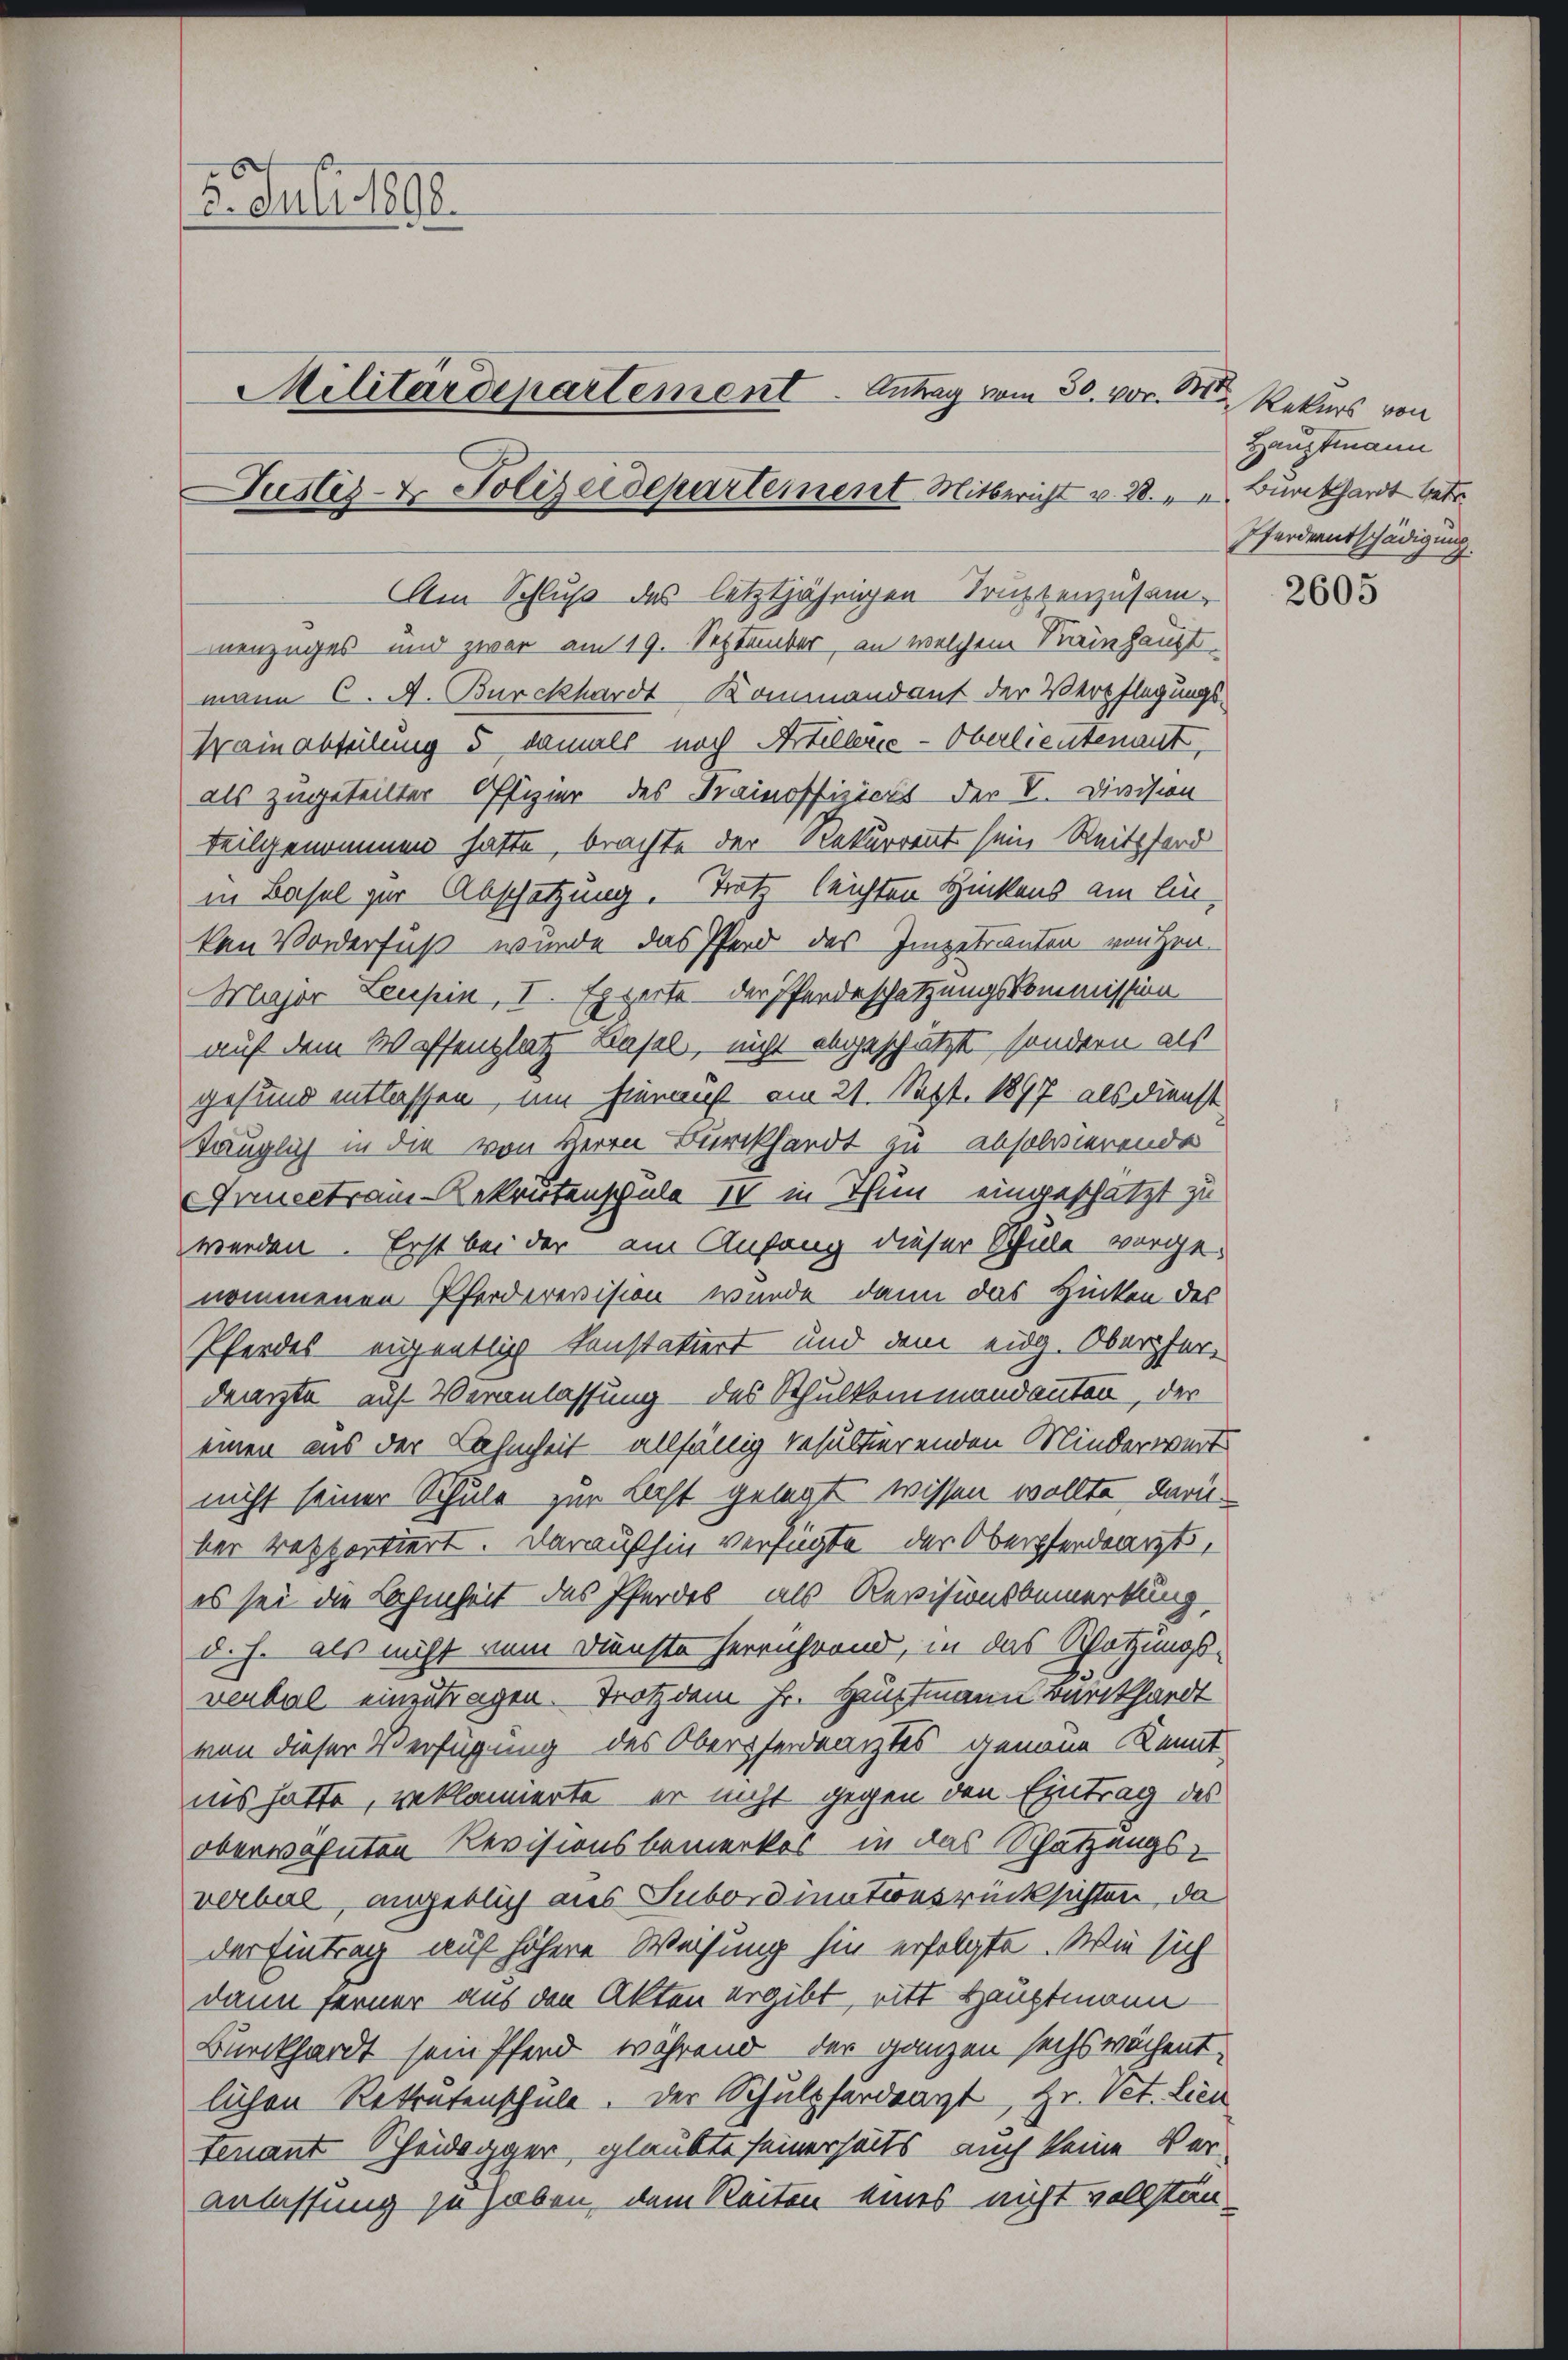
2. Juli 1890.
Militärdepartement. Antrag vom 30. vor. M
Justiz- & Polizeidepartement Mitbericht v. 28. " " Burckhardt betr.
Am Schluß des letztjährigen Truptenzusamnenzuges und zwar am 19. September, an welchem Reinhauptmann C. A. Burckhardt Kommandant der Verpflegungs
Krain abteilung 5, damals noch Artillerie-Oberlieutenant,
als zugeteilter Offizier des Trainoffiziert der V. Division
teilgenommen hatte, brachte der Rekurrent sein Reitsford

in Basel zur Abschatzung. Trotz leichten Hinkens am linken Vorderfuß wurde das Pferd des Impetranten von Hrn.
Major Leupin, I. Experte der Pferdeschätzungskommission
auf dem Waffenplatz Basel, nicht abgeschätzt, sondern als
gesund entlassen, um hierauf am 21. Sept. 1897 als Dienst
tänglich in die von Herrn Burckhardt zu absolvierende
Irmectram Rekretenschule IV in Thun eingeschätzt zu
werden. Erst bei der am Anfang dieser Schule vorge-
nommenen Pferdirevision wurde dann das Hinken des
Pferdes eigentlich konstatiert und dem eidg. Oberfer-
dearzte auf Veranlassung des Schulkommandanten, der
einen aus der Lahmheit allfällig resultierenden Minderwert
nicht seiner Schule zur Last gelegt wissen wollte, darüber resportiert. Daraufhin verfügte der Oberpferdearzt,
es sei die Lahmheit des Pferdes, als Revisionsbemerkung,
d. h. als nicht vom Dienste herrührend, in das Schatzungsverbal einzutragen. Trotzdem Hr. Hauptmann Burckhardt
von dieser Verfügung des Obersterdrantes dienen Kennt
iis hatte, reklamierte, er nicht gegen den Eintrag des
oberwähnten Revisionsbemerkes in das Schätzungsverbal angeblich aus Subordinationsrücksichten, da
der Eintrag auf höhere Weisung hin erfolgte. Wie sich
dann ferner aus den Akten ergibt, ritt Hauptmann
Burckhardt sein Pferd während der ganzen sechswöchent
lichen Retratenschule. Der Schulpferdearzt, Hr. Vet. Lien
tenant Scheidegger, glaubte seinerseits auch keine Veranlassung zu haben dem Reiten eines nicht vollstän¬

D. Rekurs von
Hauptmann
Pferdentschädigung

2605